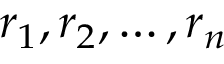
r _ { 1 } , r _ { 2 } , \ldots , r _ { n }